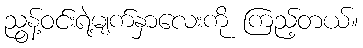
ညွန့်ဝင်းရဲ့မျက်နှာလေးကို ကြည့်တယ်။